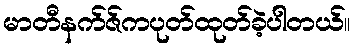
မာတီနက်ဇ်ကပုတ်ထုတ်ခဲ့ပါတယ်။